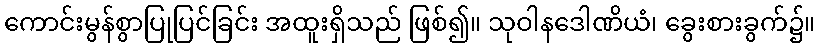
ကောင်းမွန်စွာပြုပြင်ခြင်း အထူးရှိသည် ဖြစ်၍။ သုဝါနဒေါဏိယံ၊ ခွေးစားခွက်၌။